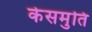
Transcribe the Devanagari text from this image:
केसमुति